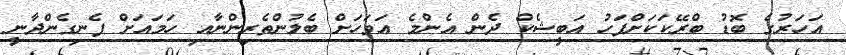
އަހަރުގެ ބޮޑު ބްރޭކަކަށްފަހު އަބީޝެކް ދެން އެންމެ އަވަހަށް ބެލުންތެރިންނާއި ހަމައަށް ފެނިގެންދާނީ